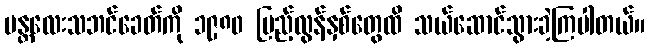
မန္တလေးသဘင်ခေတ်ကို ၁၉၈၀ ပြည့်လွန်နှစ်တွေထိ သယ်ဆောင်သွားခဲ့ကြပါတယ်။